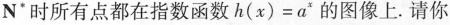
N*时所有点都在指数函数$$h ( x ) = a ^ { x }$$的图像上.请你